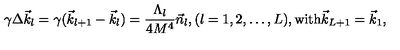
\gamma \Delta \vec { k } _ { l } = \gamma ( \vec { k } _ { l + 1 } - \vec { k } _ { l } ) = \frac { \Lambda _ { l } } { 4 M ^ { 4 } } \vec { n } _ { l } , ( l = 1 , 2 , \dots , L ) , \mathrm { w i t h } \vec { k } _ { L + 1 } = \vec { k } _ { 1 } ,